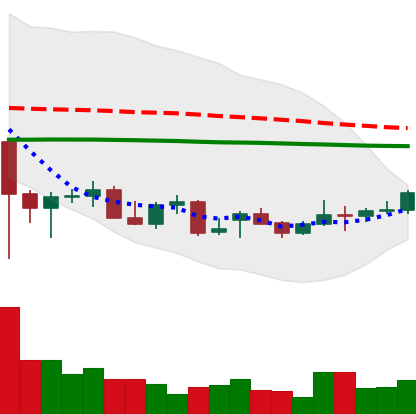
Ticker: LTC-USD
Chart end date: 2021-12-23
Forward return: -10.745%
Label: down_7plus